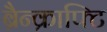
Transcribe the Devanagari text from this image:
ब्रैन्क्राफ्टि